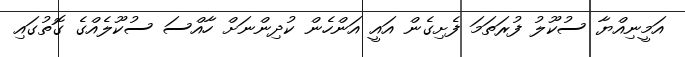
އަމީނިއްޔާ ސުކޫލު ފުރަތަމަ ފެށިގެން އައީ އަންހެން ކުދިންނަށް ހާއްސަ ސުކޫލެއްގެ ގޮތުގައި